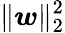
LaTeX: \| \boldsymbol{w}\| _{2}^{2}